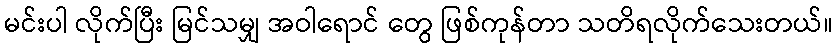
မင်းပါ လိုက်ပြီး မြင်သမျှ အဝါရောင် တွေ ဖြစ်ကုန်တာ သတိရလိုက်သေးတယ်။